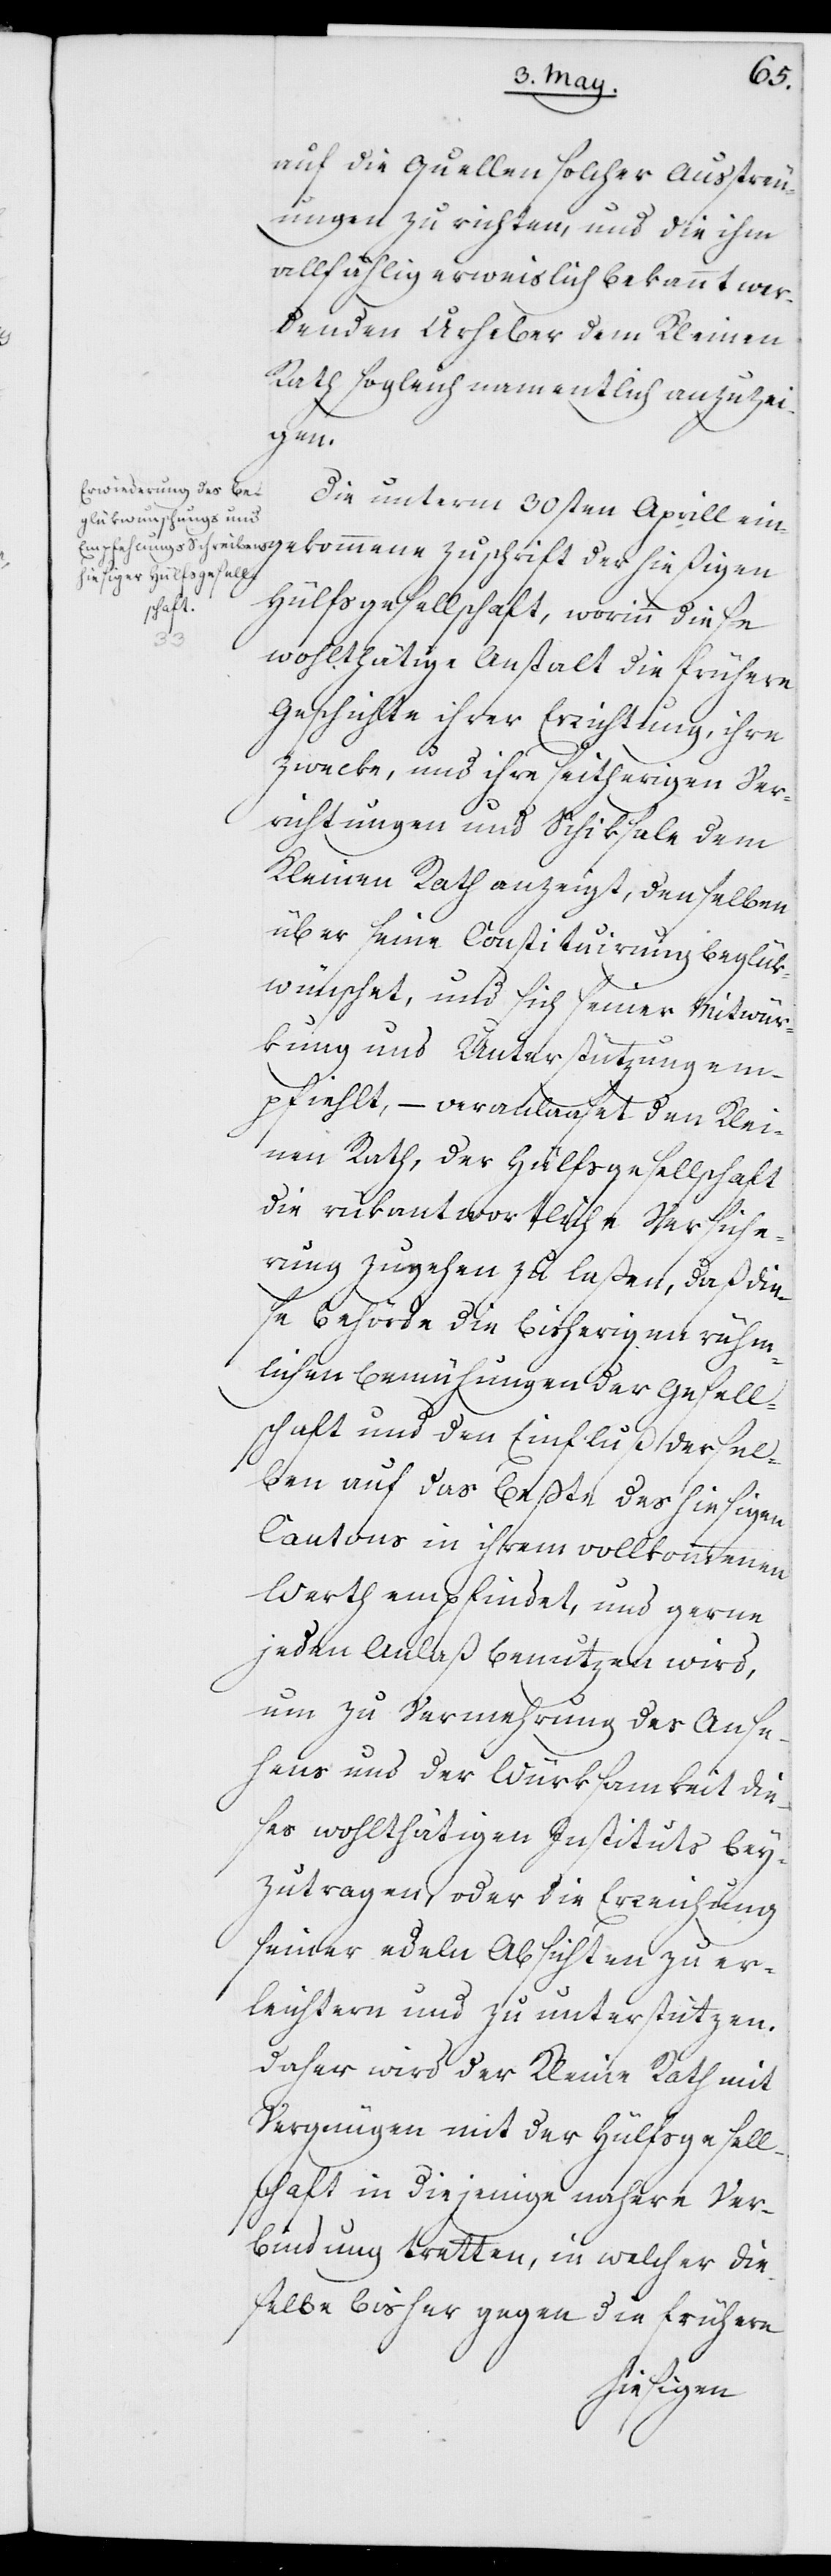
auf die Quellen solcher Ausstreu¬
ungen zu richten, und die ihm
allfählig erweislich bekannt wer¬
denden Urheber dem Kleinen
Rath sogleich namentlich anzuzei¬
gen.
Die unterm 30sten Aprill ein¬
gekommene Zuschrift der hießigen
Hülfsgesellschaft, worinn diese
wohlthätige Anstalt die frühere
Geschichte ihrer Errichtung, ihre
Zwecke und ihre seitherigen Ver¬
richtungen und Schiksale dem
Kleinen Rath anzeigt, denselben
über seine Constituirung beglük¬
wünschet, und sich seiner Mitwür¬
kung und Unterstützung em¬
pfiehlt, – veranlaßet den Klei¬
nen Rath, der Hülfsgesellschaft
die rükantwortliche Versiche¬
rung zugehen zu laßen, daß die¬
se Behörde die bisherigen rühm¬
lichen Bemühungen der Gesell¬
schaft und den Einfluß dersel¬
ben auf das Beßte des hiesigen
Cantons in ihrem vollkommenen
Werth empfindet, und gerne
jeden Anlaß benutzen wird,
um zu Vermehrung des Anse¬
hens und der Würksamkeit die¬
ses wohlthätigen Instituts bey¬
zutragen, oder die Erreichung
seiner edeln Absichten zu er¬
leichtern und zu unterstützen.
Daher wird der Kleine Rath mit
Vergnügen mit der Hülfsgesell¬
schaft in diejenige nähere Ver¬
bindung tretten, in welcher die¬
selbe bisher gegen die frühern